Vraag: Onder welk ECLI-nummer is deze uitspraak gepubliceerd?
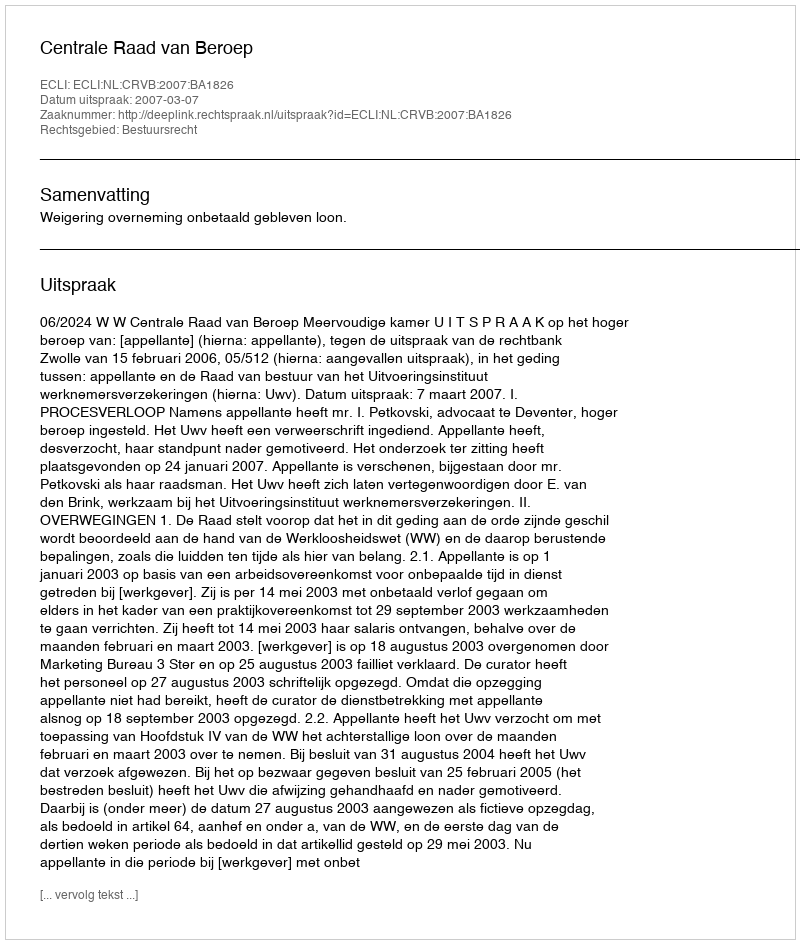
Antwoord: ECLI:NL:CRVB:2007:BA1826